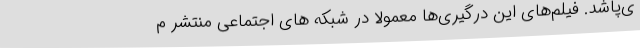
ی‌پاشد. فیلم‌های این درگیری‌ها معمولا در شبکه های اجتماعی منتشر م